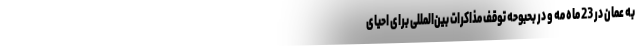
به عمان در 23 ماه مه و در بحبوحه توقف مذاکرات بین‌المللی برای احیای